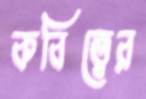
কবিত্বের